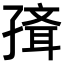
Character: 𡦍